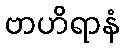
ဗာဟိရာနံ